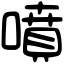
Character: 噴